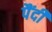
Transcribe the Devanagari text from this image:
पैंदी